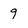
Character: 9